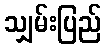
သျှမ်းပြည်